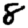
Digit: 8